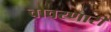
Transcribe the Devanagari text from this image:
वावरणारी